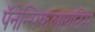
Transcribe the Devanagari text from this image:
पॅनेन्सिफलायटिस